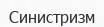
Синистризм